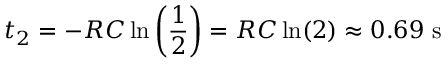
t _ { 2 } = - R C \ln \left( \frac { 1 } { 2 } \right) = R C \ln ( 2 ) \approx 0 . 6 9 \mathrm { ~ s ~ }